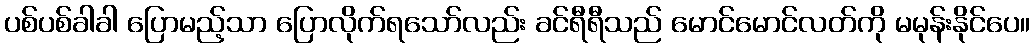
ပစ်ပစ်ခါခါ ပြောမည့်သာ ပြောလိုက်ရသော်လည်း ခင်ရီရီသည် မောင်မောင်လတ်ကို မမုန်းနိုင်ပေ။